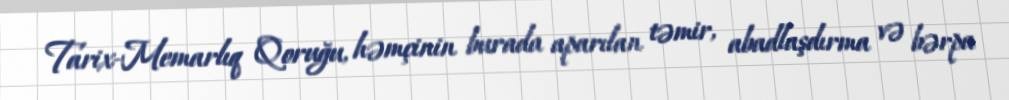
Tarix-Memarlıq Qoruğu, həmçinin burada aparılan təmir, abadlaşdırma və bərpa